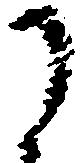
に